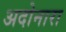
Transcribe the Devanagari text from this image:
अदोनारा